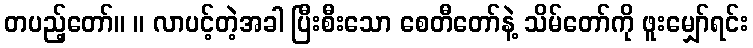
တပည့်တော်။ ။ လာပင့်တဲ့အခါ ပြီးစီးသော စေတီတော်နဲ့ သိမ်တော်ကို ဖူးမျှော်ရင်း